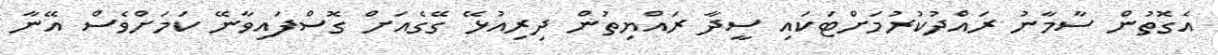
އެގޮތުން ސާމާނު ރައްދުކުރުމަށްޓަކައި ސީދާ ރައްޔިތުން ދިރިއުޅޭ ގޭގެއަށް ގޮސްފައިވާނޭ ކަމަށްވެސް އޭނާ